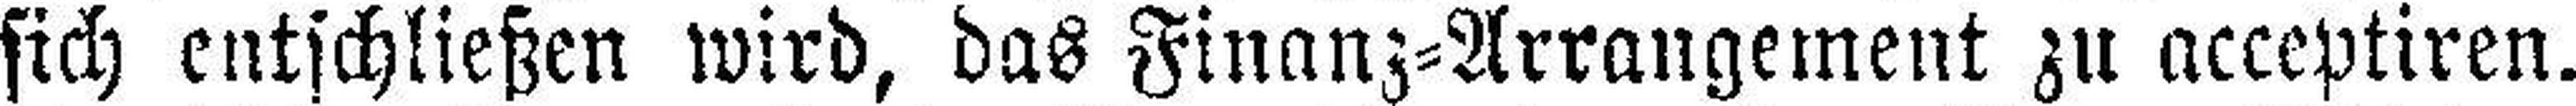
sich entschließen wird, das Finanz=Arrangement zu acceptiren.